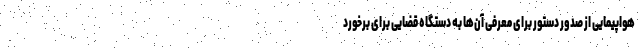
هواپیمایی از صدور دستور برای معرفی آن‌ها به دستگاه قضایی برای برخورد